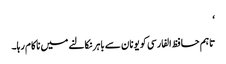
‘
تاہم حافظ الفارسی کو یونان سے باہر نکالنے میں ناکام رہا۔